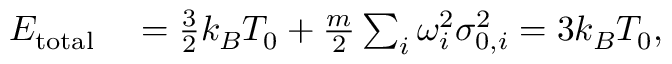
\begin{array} { r l } { E _ { \mathrm { t o t a l } } } & { { } = \frac { 3 } { 2 } k _ { B } T _ { 0 } + \frac { m } { 2 } \sum _ { i } \omega _ { i } ^ { 2 } \sigma _ { 0 , i } ^ { 2 } = 3 k _ { B } T _ { 0 } , } \end{array}